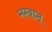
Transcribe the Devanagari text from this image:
भग्वान्